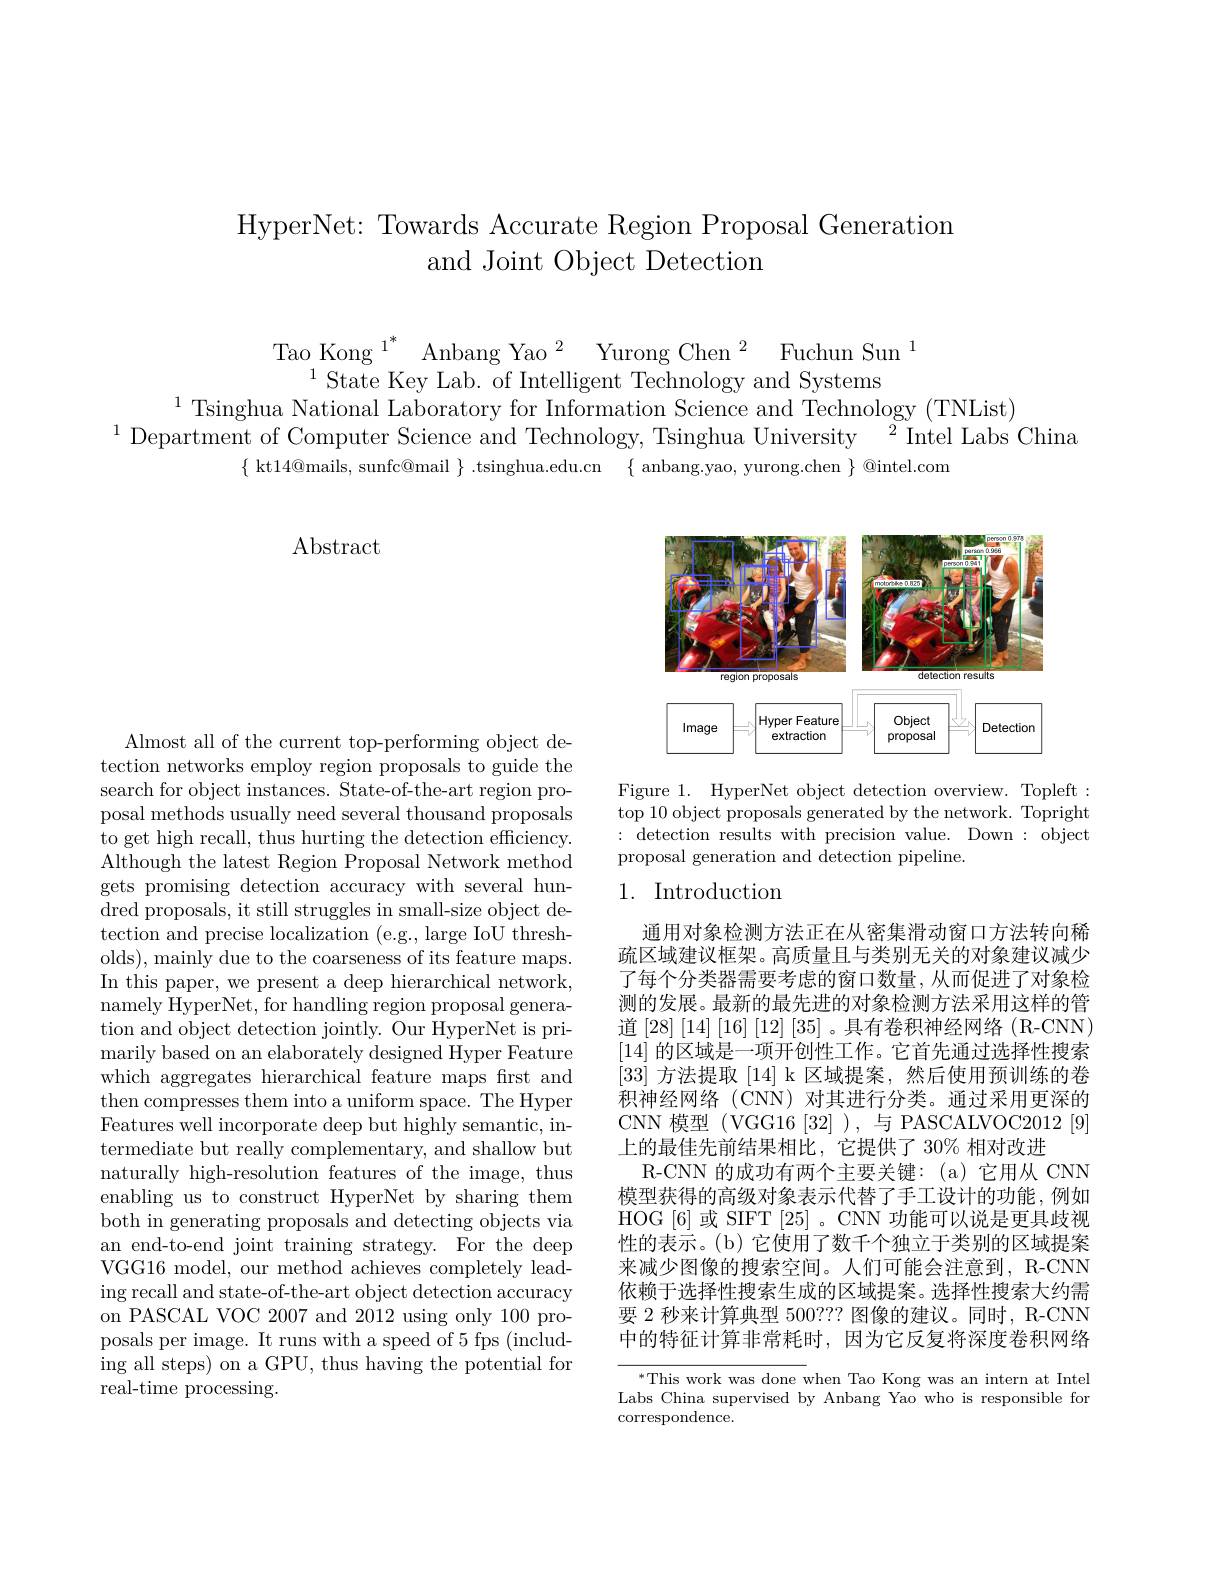
HyperNet: Towards Accurate Region Proposal Generation
and Joint Object Detection

Tao Kong $^{1^*}\text{Anbang Yao}^{2}\text{Yurong Chen}^{2}\text{Fuchun Sun}^{1}$State Key Lab. of Intelligent Technology and Systems
$^{1}$Tsinghua National Laboratory for Information Science and Technology (TNList)
$^{1}$Department of Computer Science and Technology, Tsinghua University$^2$Intel Labs China
$\{$ kt$14@$mails, sunfc@mail $\}.$tsinghua.edu.cn $\{$ anbang.yao, yurong.chen $\}$@intel.com

Abstract

Almost all of the current top-performing object detection networks employ region proposals to guide the search for object instances. State-of-the-art region proposal methods usually need several thousand proposals to get high recall, thus hurting the detection efficiency. Although the latest Region Proposal Network method gets promising detection accuracy with several hun- ${\mathrm{dred~proposals,~it~still~struggles~in~small-size~object~de-}}$ tection and precise localization (e.g., large IoU thresholds), mainly due to the coarseness of its feature maps. In this paper, we present a deep hierarchical network, namely HyperNet, for handling region proposal generation and object detection jointly. Our HyperNet is primarily based on an elaborately designed Hyper Feature which aggregates hierarchical feature maps first and then compresses them into a uniform space. The Hyper Features well incorporate deep but highly semantic, intermediate but really complementary, and shallow but naturally high-resolution features of the image, thus enabling us to construct HyperNet by sharing them both in generating proposals and detecting objects via an end-to-end joint training strategy. For the deep VGG16 model, our method achieves completely leading recall and state-of-the-art object detection accuracy on PASCAL VOC 2007 and 2012 using only 100 proposals per image. It runs with a speed of 5 fps (including all steps) on a GPU, thus having the potential for real-time processing.

<FigureHere>

Figure 1. HyperNet object detection overview. Topleft: top 10 object proposals generated by the network. Topright :detection results with precision value. Down:object proposal generation and detection pipeline.

## 1. Introduction

通用对象检测方法正在从密集滑动窗口方法转向稀疏区域建议框架。高质量且与类别无关的对象建议减少了每个分类器需要考虑的窗口数量，从而促进了对象检测的发展。最新的最先进的对象检测方法采用这样的管道[28][14][16][12][35]。具有卷积神经网络(R-CNN) [14]的区域是一项开创性工作。它首先通过选择性搜索[33]方法提取[14] k 区域提案，然后使用预训练的卷积神经网络(CNN)对其进行分类。通过采用更深的CNN 模型 (VGG16[32] ),与 PASCALVOC2012[9] 上的最佳先前结果相比，它提供了 30% 相对改进
R-CNN 的成功有两个主要关键：(a)它用从 CNN 模型获得的高级对象表示代替了手工设计的功能，例如HOG [6] 或 SIFT [25] 。CNN 功能可以说是更具歧视性的表示。(b) 它使用了数千个独立于类别的区域提案来减少图像的搜索空间。人们可能会注意到，R-CNN 依赖于选择性搜索生成的区域提案。选择性搜索大约需要 2 秒来计算典型 500??? 图像的建议。同时，R-CNN 中的特征计算非常耗时，因为它反复将深度卷积网络

$^{*}$This work was done when Tao Kong was an intern at Intel Labs China supervised by Anbang Yao who is responsible for $\operatorname{correspondence}.$